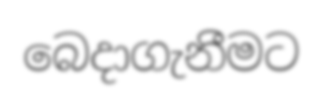
බෙදාගැනීමට